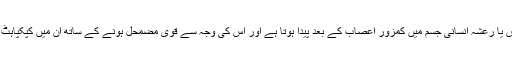
پارکنسن کا مرض یا رعشہ انسانی جسم میں کمزور اعصاب کے بعد پیدا ہوتا ہے اور اس کی وجہ سے قویٰ مضمحل ہونے کے ساتھ ان میں کپکپاہٹ پیدا ہو جاتی ہے۔